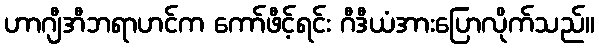
ဟာဂျီအီဘရာဟင်က ကော်ဖီင့်ရင်း ဂီဒီယံအားပြောလိုက်သည်။